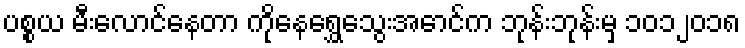
ပစ္စယ မီးလောင်နေတာ ကိုနေရွှေသွေးအောင်က ဘုန်းဘုန်းမှ ၁၀၁၂၀၁၈